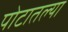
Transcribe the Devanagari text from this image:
पोटातल्या